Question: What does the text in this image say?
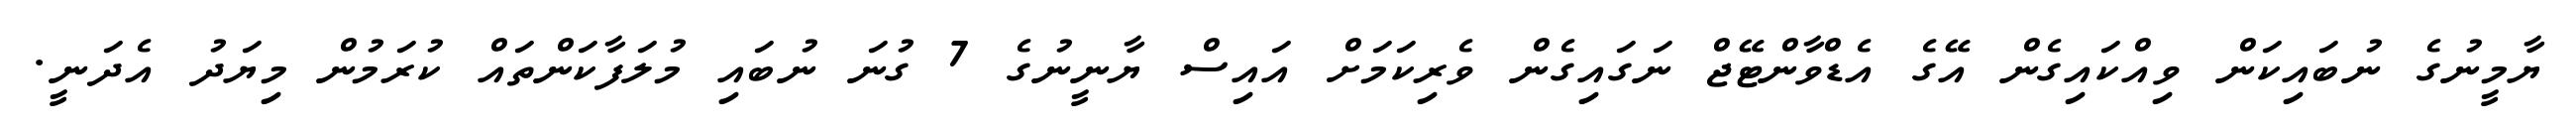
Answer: ޔާމީނުގެ ނުބައިކަން ވިއްކައިގެން އޭގެ އެޑްވާންޓޭޖް ނަގައިގެން ވެރިކަމަށް އައިސް ޔާނީނުގެ 7 ގުނަ ނުބައި މުލަފާކަންތައް ކުރަމުން މިޔަދު އެދަނީ.